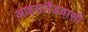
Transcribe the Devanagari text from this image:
आइसलैंडवासी